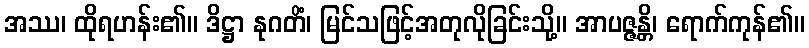
အဿ၊ ထိုရဟန်း၏။ ဒိဋ္ဌာ နုဂတိံ၊ မြင်သဖြင့်အတုလိုခြင်းသို့။ အာပဇ္ဇန္တိ၊ ရောက်ကုန်၏။